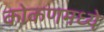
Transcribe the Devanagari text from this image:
कोकणमध्ये